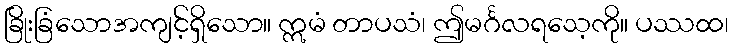
ခြိုးခြံသောအကျင့်ရှိသော။ ဣမံ တာပသံ၊ ဤမင်္ဂလရသေ့ကို။ ပဿထ၊